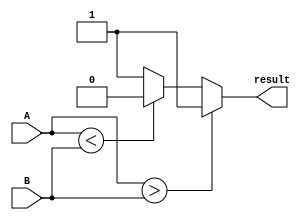
module signed_comparator (
    input signed [7:0] A,
    input signed [7:0] B,
    output reg result
);

always @* begin
    if (A > B) begin
        result = 1;
    end else if (A < B) begin
        result = 0;
    end else begin
        result = 2'b01; // equal
    end
end

endmodule